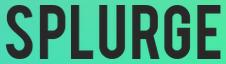
SPLURGE